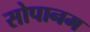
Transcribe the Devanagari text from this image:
सोपानम